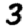
Digit: 3